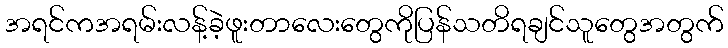
အရင်ကအရမ်းလန့်ခဲ့ဖူးတာလေးတွေကိုပြန်သတိရချင်သူတွေအတွက်